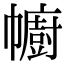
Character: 幮